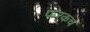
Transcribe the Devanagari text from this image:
फरकच